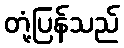
တုံ့ပြန်သည်